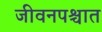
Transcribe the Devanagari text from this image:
जीवनपश्चात